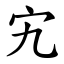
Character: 宄